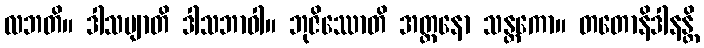
လဘတိ။ ဒါသဗျာတိ ဒါသဘာဝါ။ ဘုဇိဿောတိ အတ္တနော သန္တကော။ တတောနိဒါနန္တိ